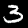
Label: 3